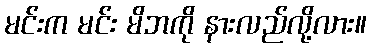
မင်းက မင်း မိဘကို နားလည်လို့လား။